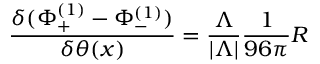
{ \frac { \delta ( \Phi _ { + } ^ { ( 1 ) } - \Phi _ { - } ^ { ( 1 ) } ) } { \delta \theta ( x ) } } = { \frac { \Lambda } { | \Lambda | } } { \frac { 1 } { 9 6 \pi } } R